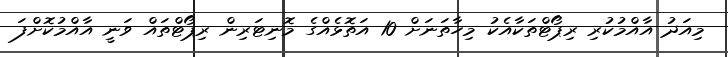
މިއަދު އާއްމުކުރި ރިޕޯޓްތަކާއެކު މިހާތަނަށް 10 އަތޮޅެއްގެ މޮނިޓަރިން ރިޕޯޓްތައް ވަނީ އާއްމުކޮށްފަ